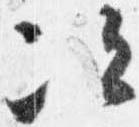
次